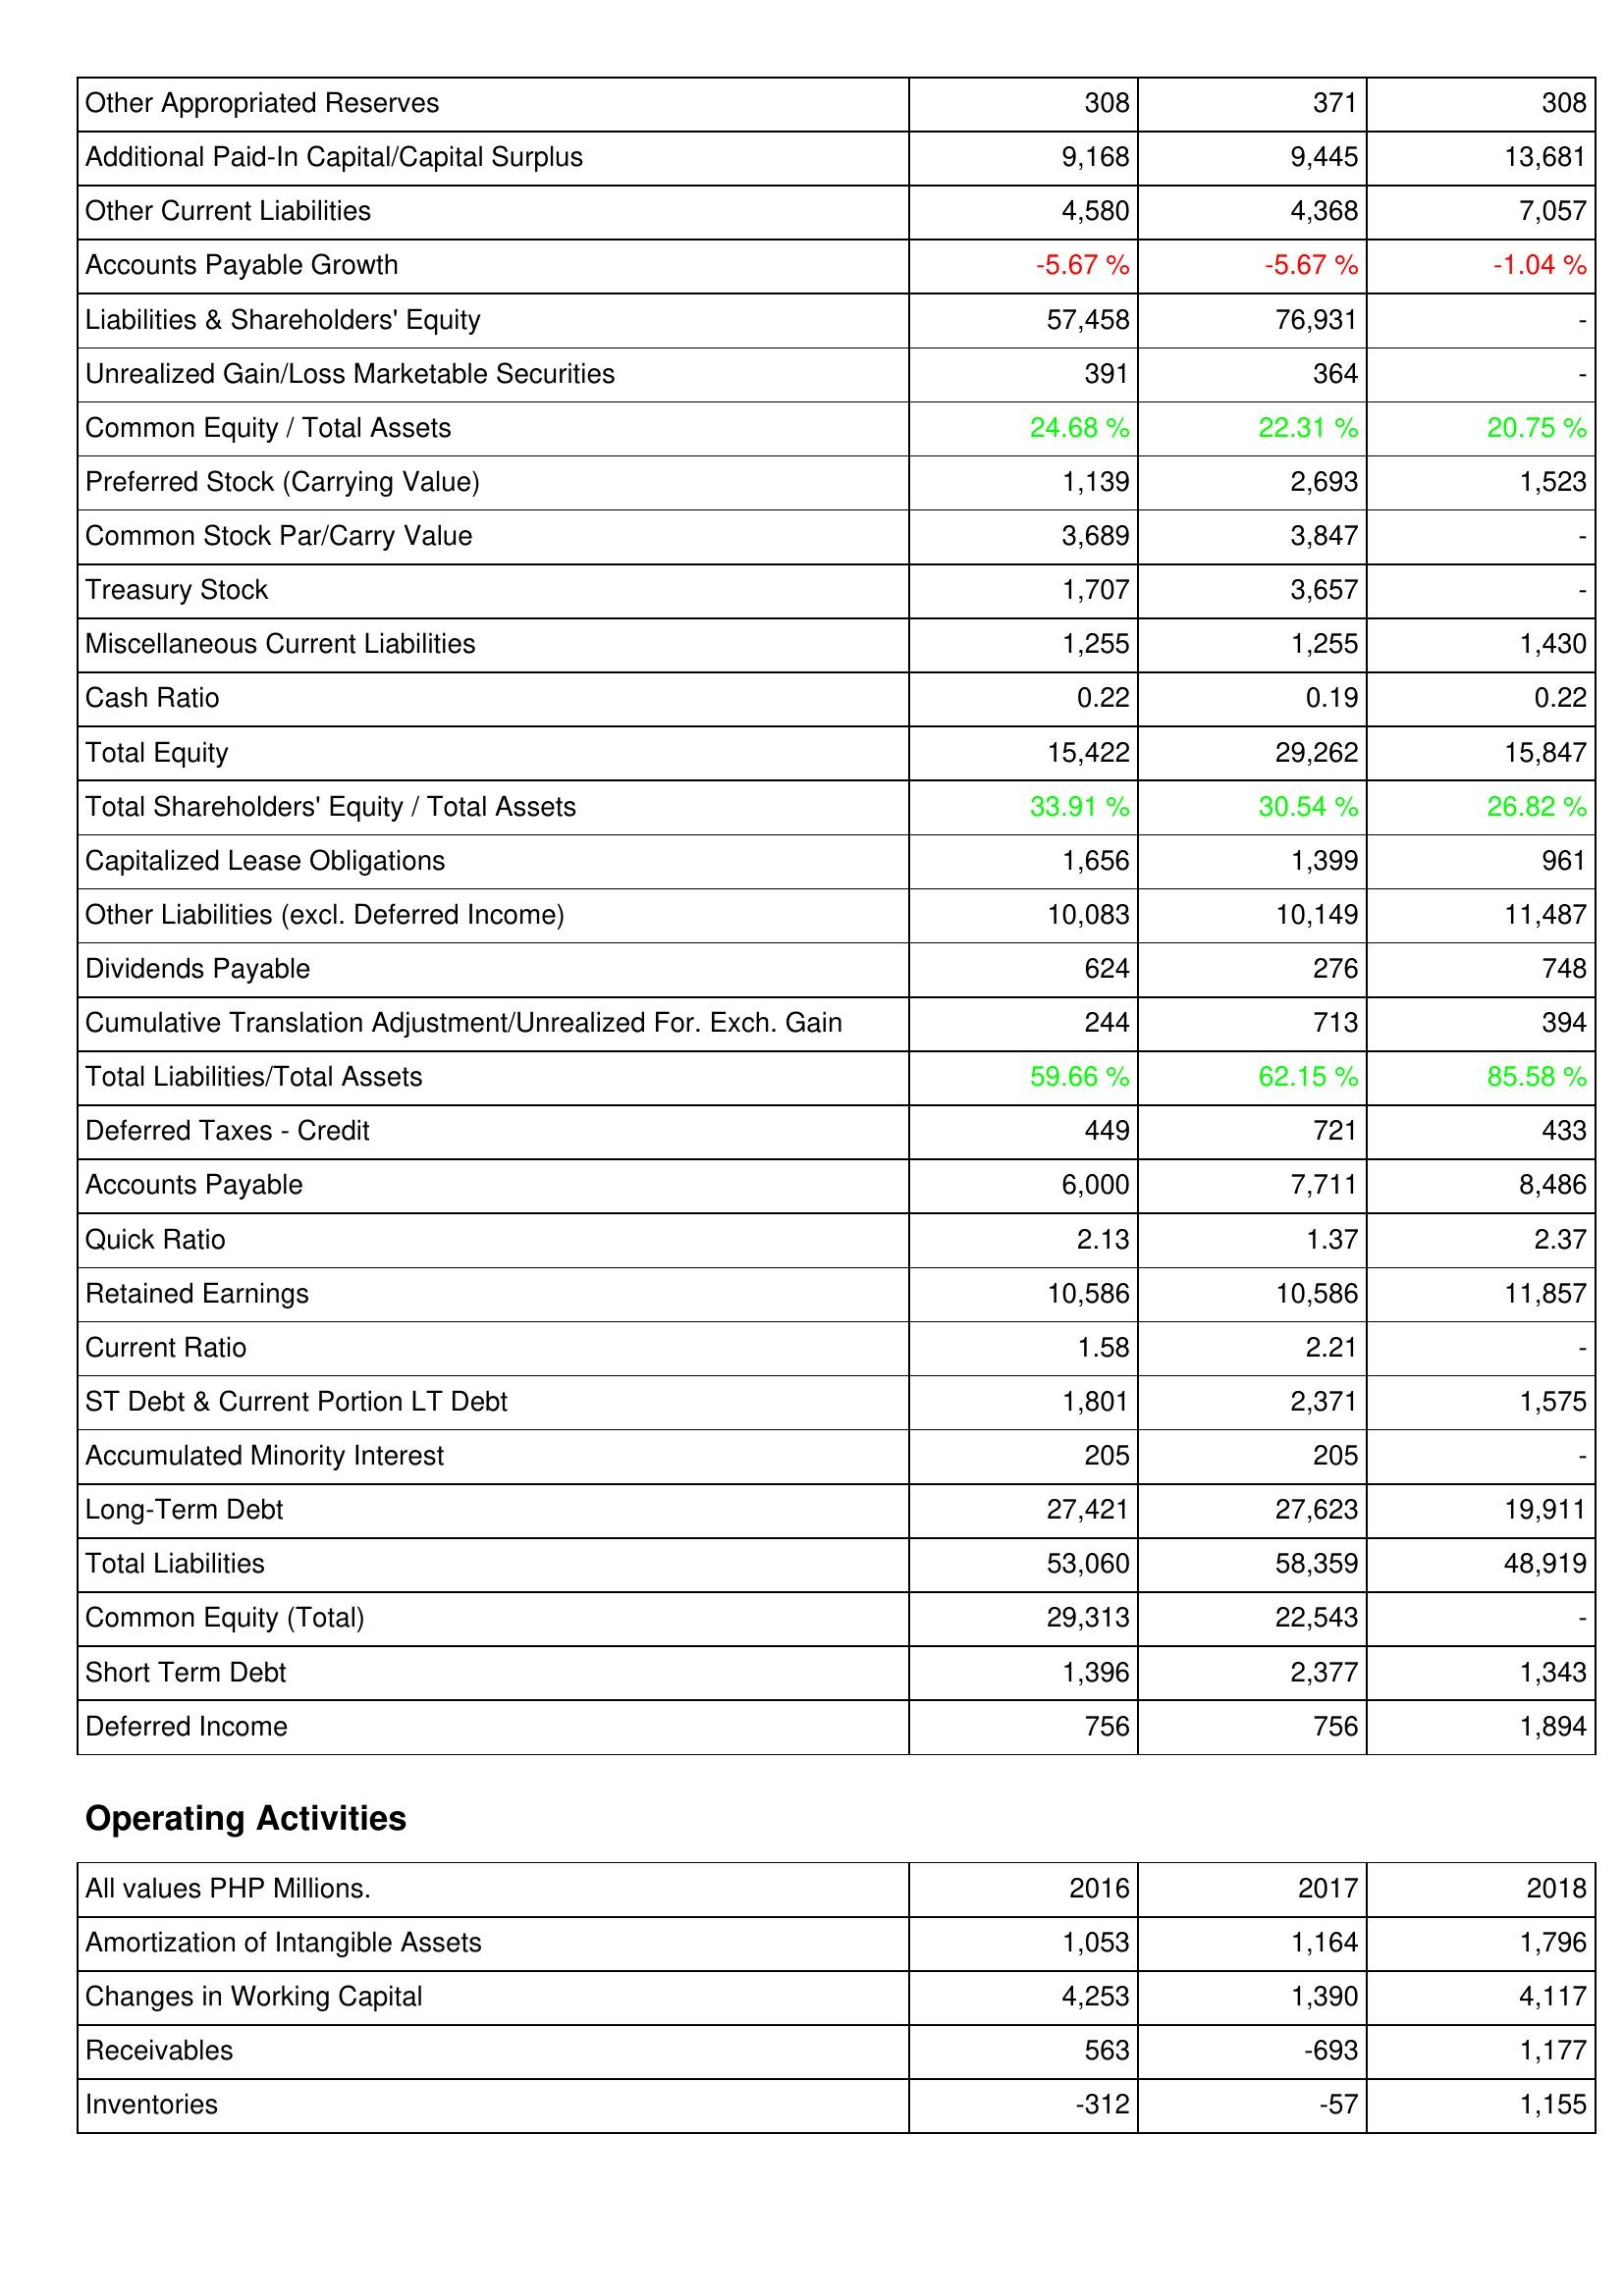
2016: Liabilities & Shareholders' Equity: Other Appropriated Reserves: 308
Additional Paid-In Capital/Capital Surplus: 9,168
Other Current Liabilities: 4,580
Accounts Payable Growth: -5.67 %
Liabilities & Shareholders' Equity: 57,458
Unrealized Gain/Loss Marketable Securities: 391
Common Equity / Total Assets: 24.68 %
Preferred Stock (Carrying Value): 1,139
Common Stock Par/Carry Value: 3,689
Treasury Stock: 1,707
Miscellaneous Current Liabilities: 1,255
Cash Ratio: 0.22
Total Equity: 15,422
Total Shareholders' Equity / Total Assets: 33.91 %
Capitalized Lease Obligations: 1,656
Other Liabilities (excl. Deferred Income): 10,083
Dividends Payable: 624
Cumulative Translation Adjustment/Unrealized For. Exch. Gain: 244
Total Liabilities/Total Assets: 59.66 %
Deferred Taxes - Credit: 449
Accounts Payable: 6,000
Quick Ratio: 2.13
Retained Earnings: 10,586
Current Ratio: 1.58
ST Debt & Current Portion LT Debt: 1,801
Accumulated Minority Interest: 205
Long-Term Debt: 27,421
Total Liabilities: 53,060
Common Equity (Total): 29,313
Short Term Debt: 1,396
Deferred Income: 756
Operating Activities: Amortization of Intangible Assets: 1,053
Changes in Working Capital: 4,253
Receivables: 563
Inventories: -312
2017: Liabilities & Shareholders' Equity: Other Appropriated Reserves: 371
Additional Paid-In Capital/Capital Surplus: 9,445
Other Current Liabilities: 4,368
Accounts Payable Growth: -5.67 %
Liabilities & Shareholders' Equity: 76,931
Unrealized Gain/Loss Marketable Securities: 364
Common Equity / Total Assets: 22.31 %
Preferred Stock (Carrying Value): 2,693
Common Stock Par/Carry Value: 3,847
Treasury Stock: 3,657
Miscellaneous Current Liabilities: 1,255
Cash Ratio: 0.19
Total Equity: 29,262
Total Shareholders' Equity / Total Assets: 30.54 %
Capitalized Lease Obligations: 1,399
Other Liabilities (excl. Deferred Income): 10,149
Dividends Payable: 276
Cumulative Translation Adjustment/Unrealized For. Exch. Gain: 713
Total Liabilities/Total Assets: 62.15 %
Deferred Taxes - Credit: 721
Accounts Payable: 7,711
Quick Ratio: 1.37
Retained Earnings: 10,586
Current Ratio: 2.21
ST Debt & Current Portion LT Debt: 2,371
Accumulated Minority Interest: 205
Long-Term Debt: 27,623
Total Liabilities: 58,359
Common Equity (Total): 22,543
Short Term Debt: 2,377
Deferred Income: 756
Operating Activities: Amortization of Intangible Assets: 1,164
Changes in Working Capital: 1,390
Receivables: -693
Inventories: -57
2018: Liabilities & Shareholders' Equity: Other Appropriated Reserves: 308
Additional Paid-In Capital/Capital Surplus: 13,681
Other Current Liabilities: 7,057
Accounts Payable Growth: -1.04 %
Liabilities & Shareholders' Equity: -
Unrealized Gain/Loss Marketable Securities: -
Common Equity / Total Assets: 20.75 %
Preferred Stock (Carrying Value): 1,523
Common Stock Par/Carry Value: -
Treasury Stock: -
Miscellaneous Current Liabilities: 1,430
Cash Ratio: 0.22
Total Equity: 15,847
Total Shareholders' Equity / Total Assets: 26.82 %
Capitalized Lease Obligations: 961
Other Liabilities (excl. Deferred Income): 11,487
Dividends Payable: 748
Cumulative Translation Adjustment/Unrealized For. Exch. Gain: 394
Total Liabilities/Total Assets: 85.58 %
Deferred Taxes - Credit: 433
Accounts Payable: 8,486
Quick Ratio: 2.37
Retained Earnings: 11,857
Current Ratio: -
ST Debt & Current Portion LT Debt: 1,575
Accumulated Minority Interest: -
Long-Term Debt: 19,911
Total Liabilities: 48,919
Common Equity (Total): -
Short Term Debt: 1,343
Deferred Income: 1,894
Operating Activities: Amortization of Intangible Assets: 1,796
Changes in Working Capital: 4,117
Receivables: 1,177
Inventories: 1,155